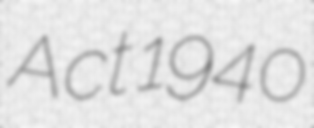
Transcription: Act 1940